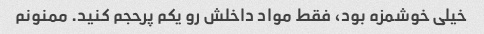
خیلی خوشمزه بود، فقط مواد داخلش رو یکم پرحجم کنید. ممنونم